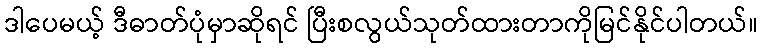
ဒါပေမယ့် ဒီဓာတ်ပုံမှာဆိုရင် ပြီးစလွယ်သုတ်ထားတာကိုမြင်နိုင်ပါတယ်။